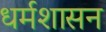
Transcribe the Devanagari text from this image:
धर्मशासन